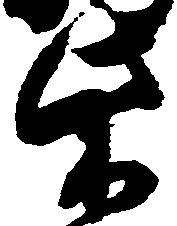
柴